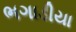
ભગાડીયા